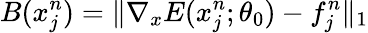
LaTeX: B(x_{j}^{n})=\| \nabla_{x}E(x_{j}^{n};\theta_{0})-f_{j}^{n}\| _{1}